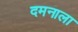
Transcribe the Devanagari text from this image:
दमनाला